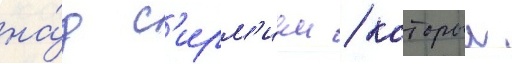
на́д с'ирм'ием / которыи